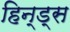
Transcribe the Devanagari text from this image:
हिन्ड्स